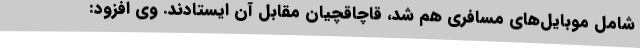
شامل موبایل‌های مسافری هم شد، قاچاقچیان مقابل آن ایستادند. وی افزود: